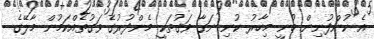
އެ ކުންފުނިން ބުނީ މިހާރު ކުނި ނަގާ ވަގުތަކީ މެންދުރުގެ ވަގުތެއްކަމުން މާލޭގެ